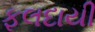
ફલદાયી